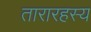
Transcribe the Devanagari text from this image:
तारारहस्य